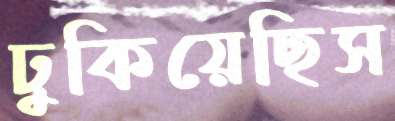
ঢুকিয়েছিস